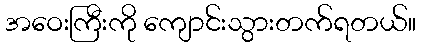
အဝေးကြီးကို ကျောင်းသွားတက်ရတယ်။